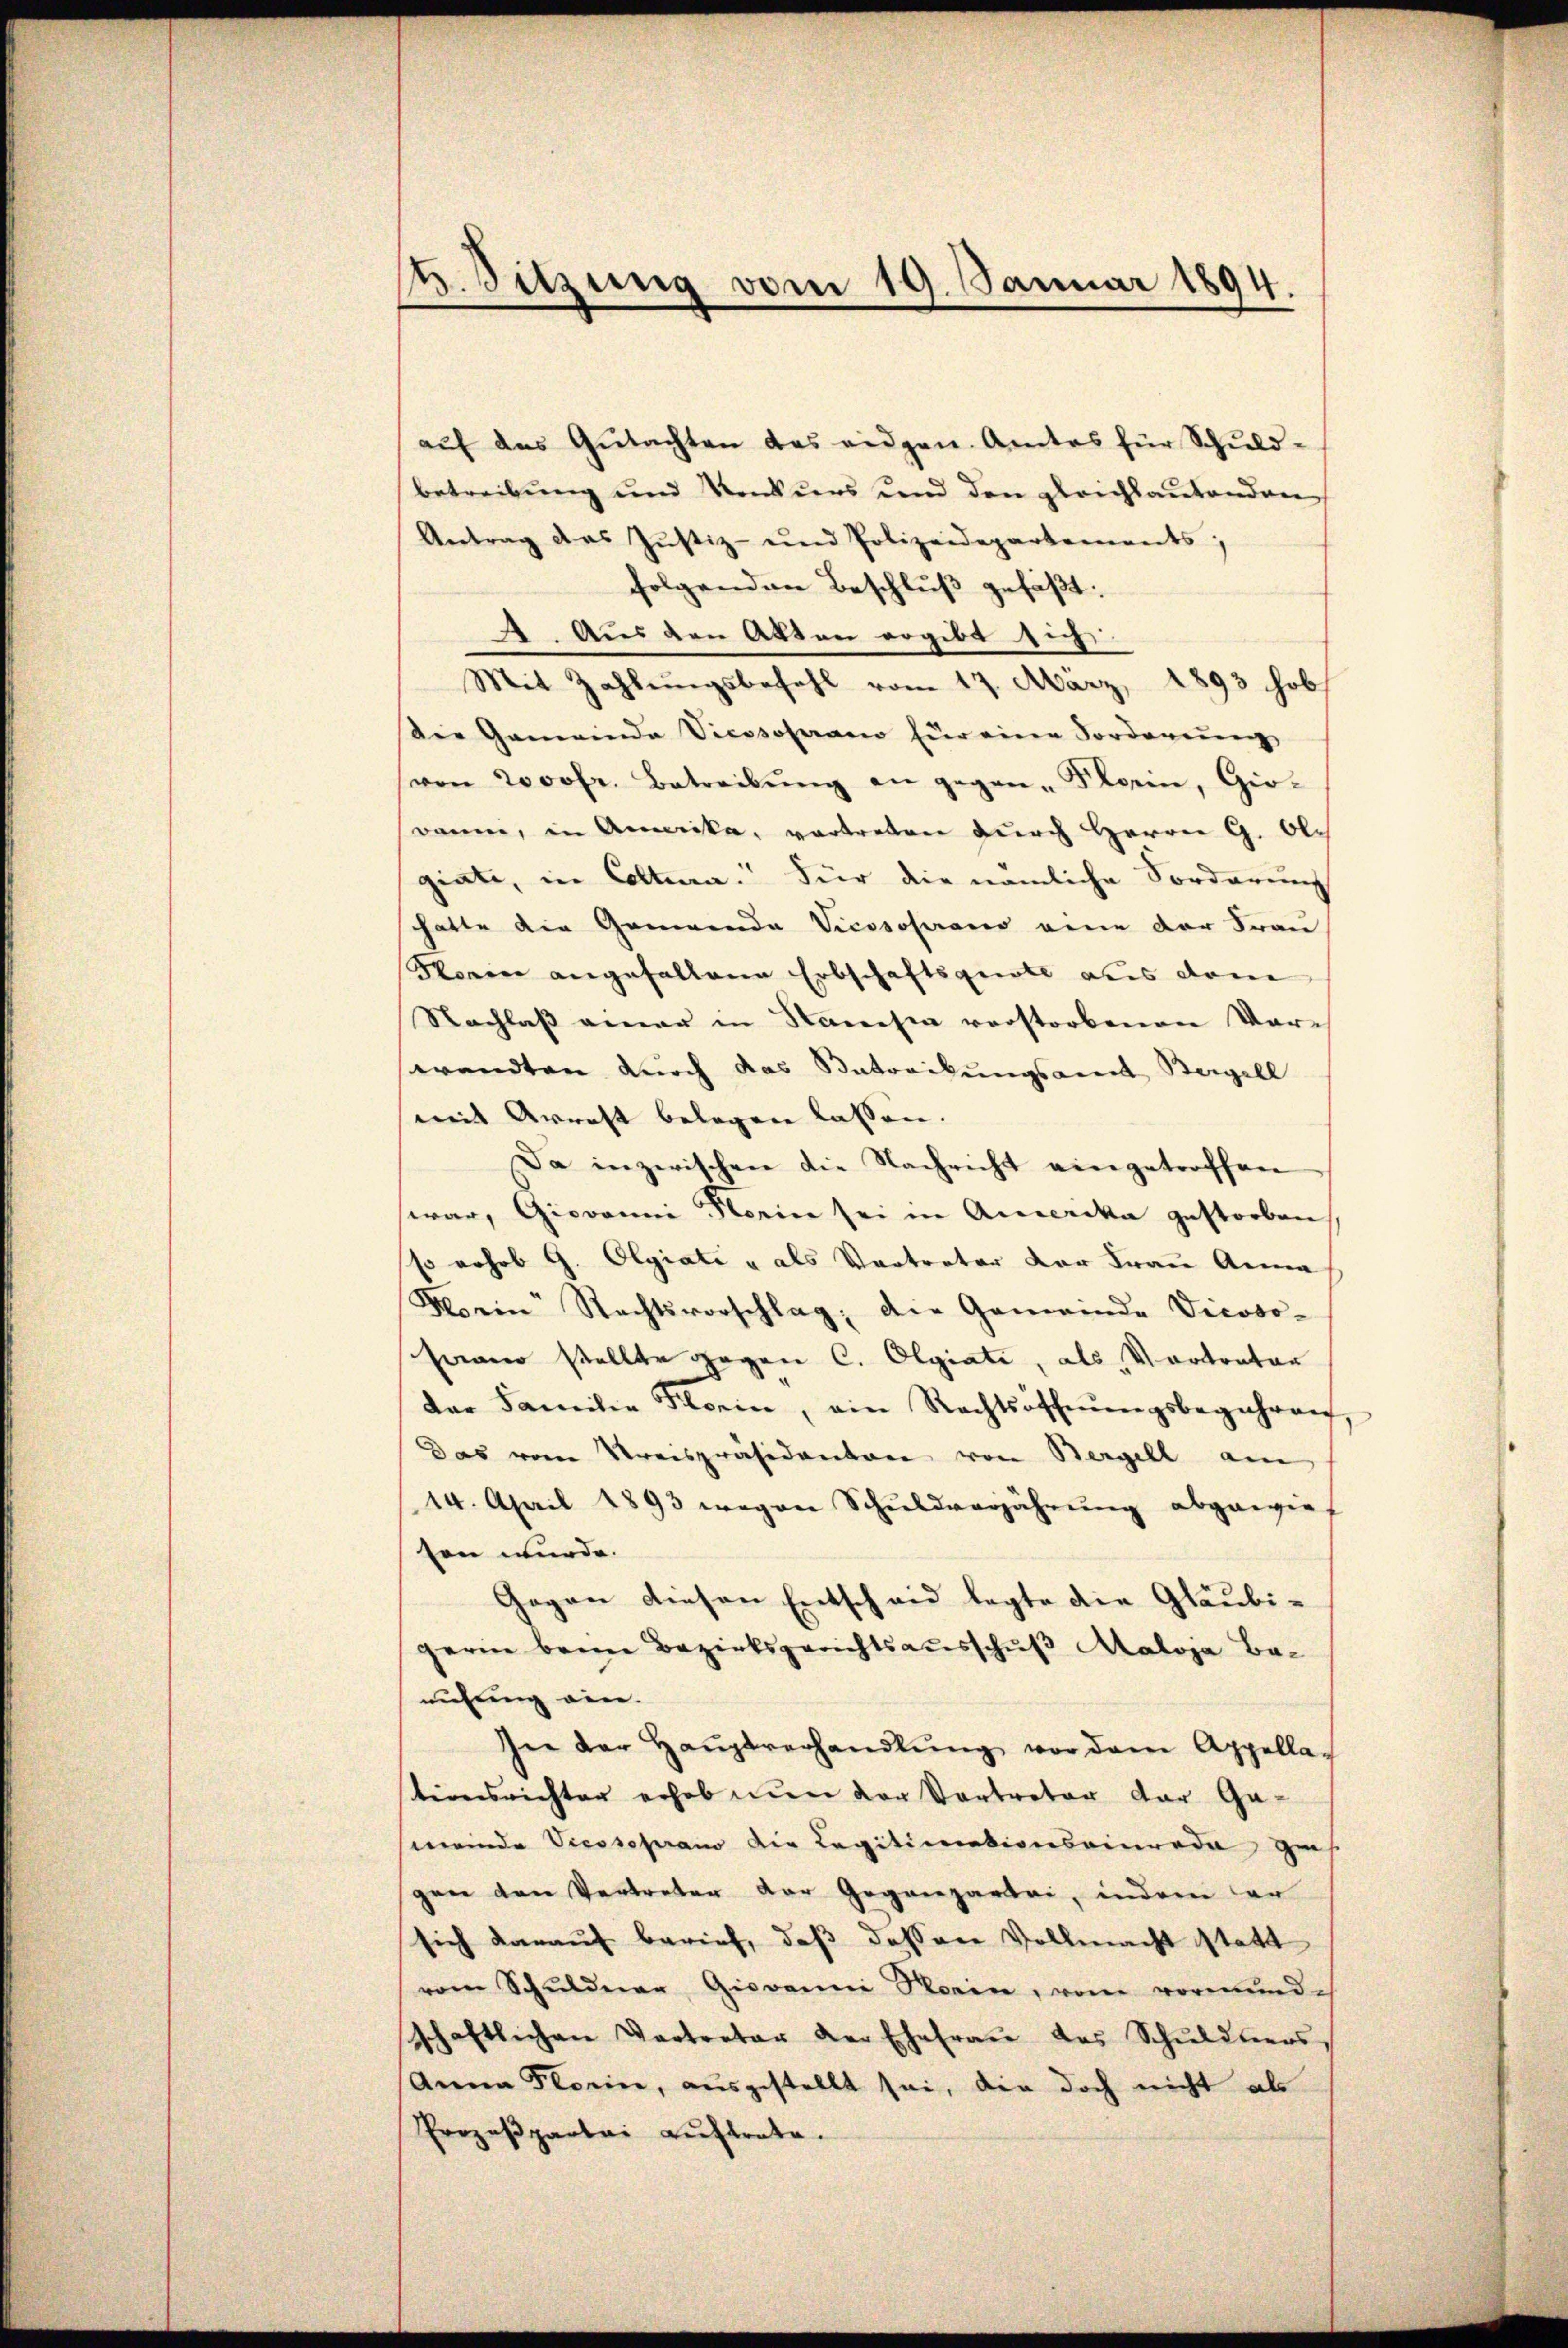
u. Sitzung vom 19. Januar 1894

aŭf das Gŭtachten das eidgen. Amtes für Schuld-
betreibung und Konkurs und den gleichlautenden
Antrag das Justiz- und Polizeidepartements;
folgenden Beschluß gefaßt:
. Aus den Akten ergibt sich
Mit Zahlungsbefehl vom 17. März 1893 hob
Die Gemeinde Vicssoperamo für eine Vorderung
von 2000fr. Betreibŭng an gegen-Klein, Gio-
Baum, in Amerika, vortreten durch Herrn G. Olgiate, in Collera. Für die nämliche Forderung
hatte die Generende Vicososarano eine der Frau
Korrer angefallene Erbschaftsgute aus dem
Nachlaß einer in Stanasia verstorbenen Vorwandten durch das Betreikungsamt Bergell
mit Arrest belegen lassen. |
Da inzwischen die Nachricht eingetroffen
war, Giovanni Florin sei in Amerika gestorben
so Johob G. Olgiate & als Vertreter der Frau Anna
Morin Rechtsvorschlag, die Gemeinde Vicoso-
Frano stellte gegen C. Olgiati, als Vortrator
der Familie Flein, ein Rechtsoffnŭngsbegehren,
Das vom Kreispräsidenten von Bergell am
14. April 1893 wegen Schuldverjährung abgewies
sen wurde.
Gegen diesen Entscheid legte die Gläubi-
gerin beim Bezirksgerichtsausschuß Maloja Banuhung ein.
In der Haŭptverhandlŭng vor dem Appellationsrichter erhob nun der Vortreter der Gameinde Vicosoprano die Legitimationsrinrada zus
gen den Vertreter der Gegenpartei, indem dar
sich darauf berief, daß dessen Vollmacht statt
vom Schuldner Giovanni Stein, vom vormund-
schaftlichen Vertreter der Ehefraŭ des Schŭldners,
Anna Florie, ausgestellt sei, die doch nicht als
Prozeβpartei aŭftrate.